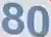
80